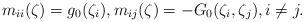
LaTeX: \begin{align*}m_{ii}(\zeta) = g_0(\zeta_i), m_{ij}(\zeta) = -G_0(\zeta_i,\zeta_j), i\not=j.\end{align*}